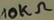
Text: 10KΩ